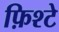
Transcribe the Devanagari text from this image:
फ़िश्टे